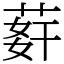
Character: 䓸